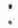
: